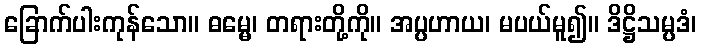
ခြောက်ပါးကုန်သော။ ဓမ္မေ၊ တရားတို့ကို။ အပ္ပဟာယ၊ မပယ်မူ၍။ ဒိဋ္ဌိသမ္ပဒံ၊